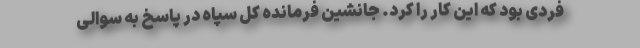
فردی بود که این کار را کرد. جانشین فرمانده کل سپاه در پاسخ به سوالی